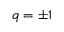
q = \pm 1